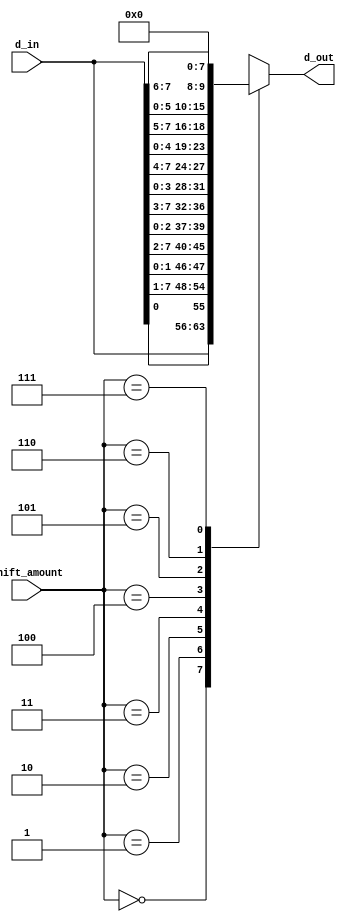
module right_barrel_shifter(
	input [7:0] d_in,
	input [2:0] shift_amount,
	output reg [7:0] d_out
);
always @* begin
	case (shift_amount)
		0 : d_out = d_in;
		1 : d_out = {d_in[0], d_in[7:1]}; 
		2 : d_out = {d_in[1:0], d_in[7:2]};
		3 : d_out = {d_in[2:0], d_in[7:3]};
		4 : d_out = {d_in[3:0], d_in[7:4]};
		5 : d_out = {d_in[4:0], d_in[7:5]};
		6 : d_out = {d_in[5:0], d_in[7:6]};
		7 : d_out = 0;
	endcase
end 
endmodule